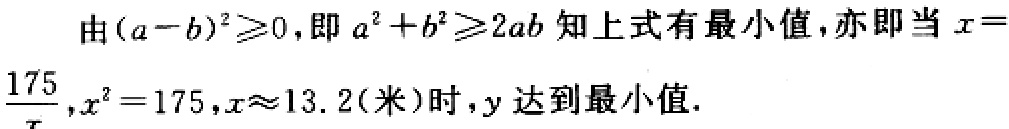
由\((a - b)^2\geq0\)，即\(a^2 + b^2\geq2ab\)知上式有最小值，亦即当\(x = \frac{175}{x}\)，\(x^2 = 175\)，\(x\approx13.2(\text{米})\)时，\(y\)达到最小值.